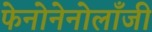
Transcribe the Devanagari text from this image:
फेनोनेनोलाँजी